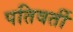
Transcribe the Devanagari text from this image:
पतिवर्ती